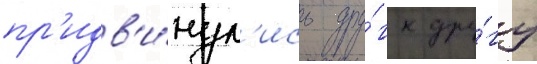
пр'идв'и́нул'ись дру́г к дру́гу